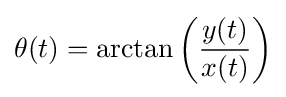
\theta (t)=\arctan {\bigg (}{\frac {y(t)}{x(t)}}{\bigg )}